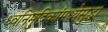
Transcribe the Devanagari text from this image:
ध्वनिमुद्रिकांमध्येसुद्धा